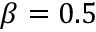
\beta = 0 . 5